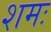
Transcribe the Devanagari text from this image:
शमः